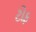
ટોફ